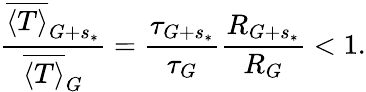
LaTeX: \frac{\overline{{\langle T\rangle}}_{G+s_{*}}}{\overline{{\langle T\rangle}}_{G}}=\frac{\tau_{G+s_{*}}}{\tau_{G}}\frac{R_{G+s_{*}}}{R_{G}}<1.